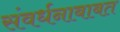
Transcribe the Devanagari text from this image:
संवर्धनाबाबत